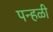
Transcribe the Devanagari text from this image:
पन्हळी